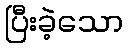
ပြီးခဲ့သော